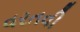
વરતવી